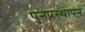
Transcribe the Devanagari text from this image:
पुनप्रस्थापन